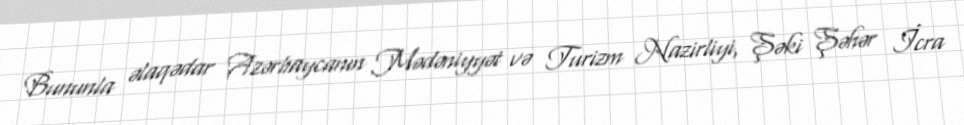
Bununla əlaqədar Azərbaycanın Mədəniyyət və Turizm Nazirliyi, Şəki Şəhər İcra